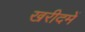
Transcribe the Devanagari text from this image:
खरीदमें